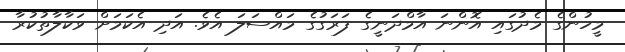
މީހުންގެ މެދުގައި އޮންނަ އާމްދަނީގެ ފަރަގުގެ މައްސަލަ އެވެ. އަދި އެކަމަށް ވަކާލާތުކުރާ